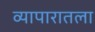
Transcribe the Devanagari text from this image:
व्यापारातला